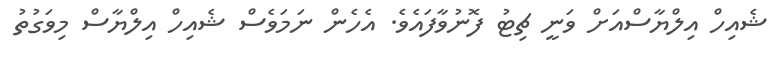
ޝެއިހް އިލްޔާސްއަށް ވަނީ ޗިޓު ފޮނުވާފައެވެ. އެހެން ނަމަވެސް ޝެއިހް އިލްޔާސް މިވަގުތު